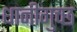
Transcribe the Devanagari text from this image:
धानीगुच्छ